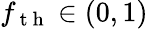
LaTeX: f_{\mathrm{~t~h~}}\in(0,1)